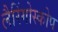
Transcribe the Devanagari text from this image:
लैरिंगोस्कोप